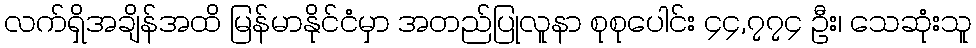
လက်ရှိအချိန်အထိ မြန်မာနိုင်ငံမှာ အတည်ပြုလူနာ စုစုပေါင်း ၄၄,၇၇၄ ဦး၊ သေဆုံးသူ